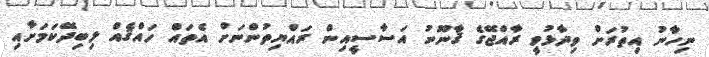
ނިހާނު އިތުރަށް ވިދާޅުވީ ރާއްޖޭގެ ޤާނޫނު އަސާސީއިން ރައްޔިތުންނަށް އެތައް ހައްޤެއް ލިބިދޭކަމަށާއި